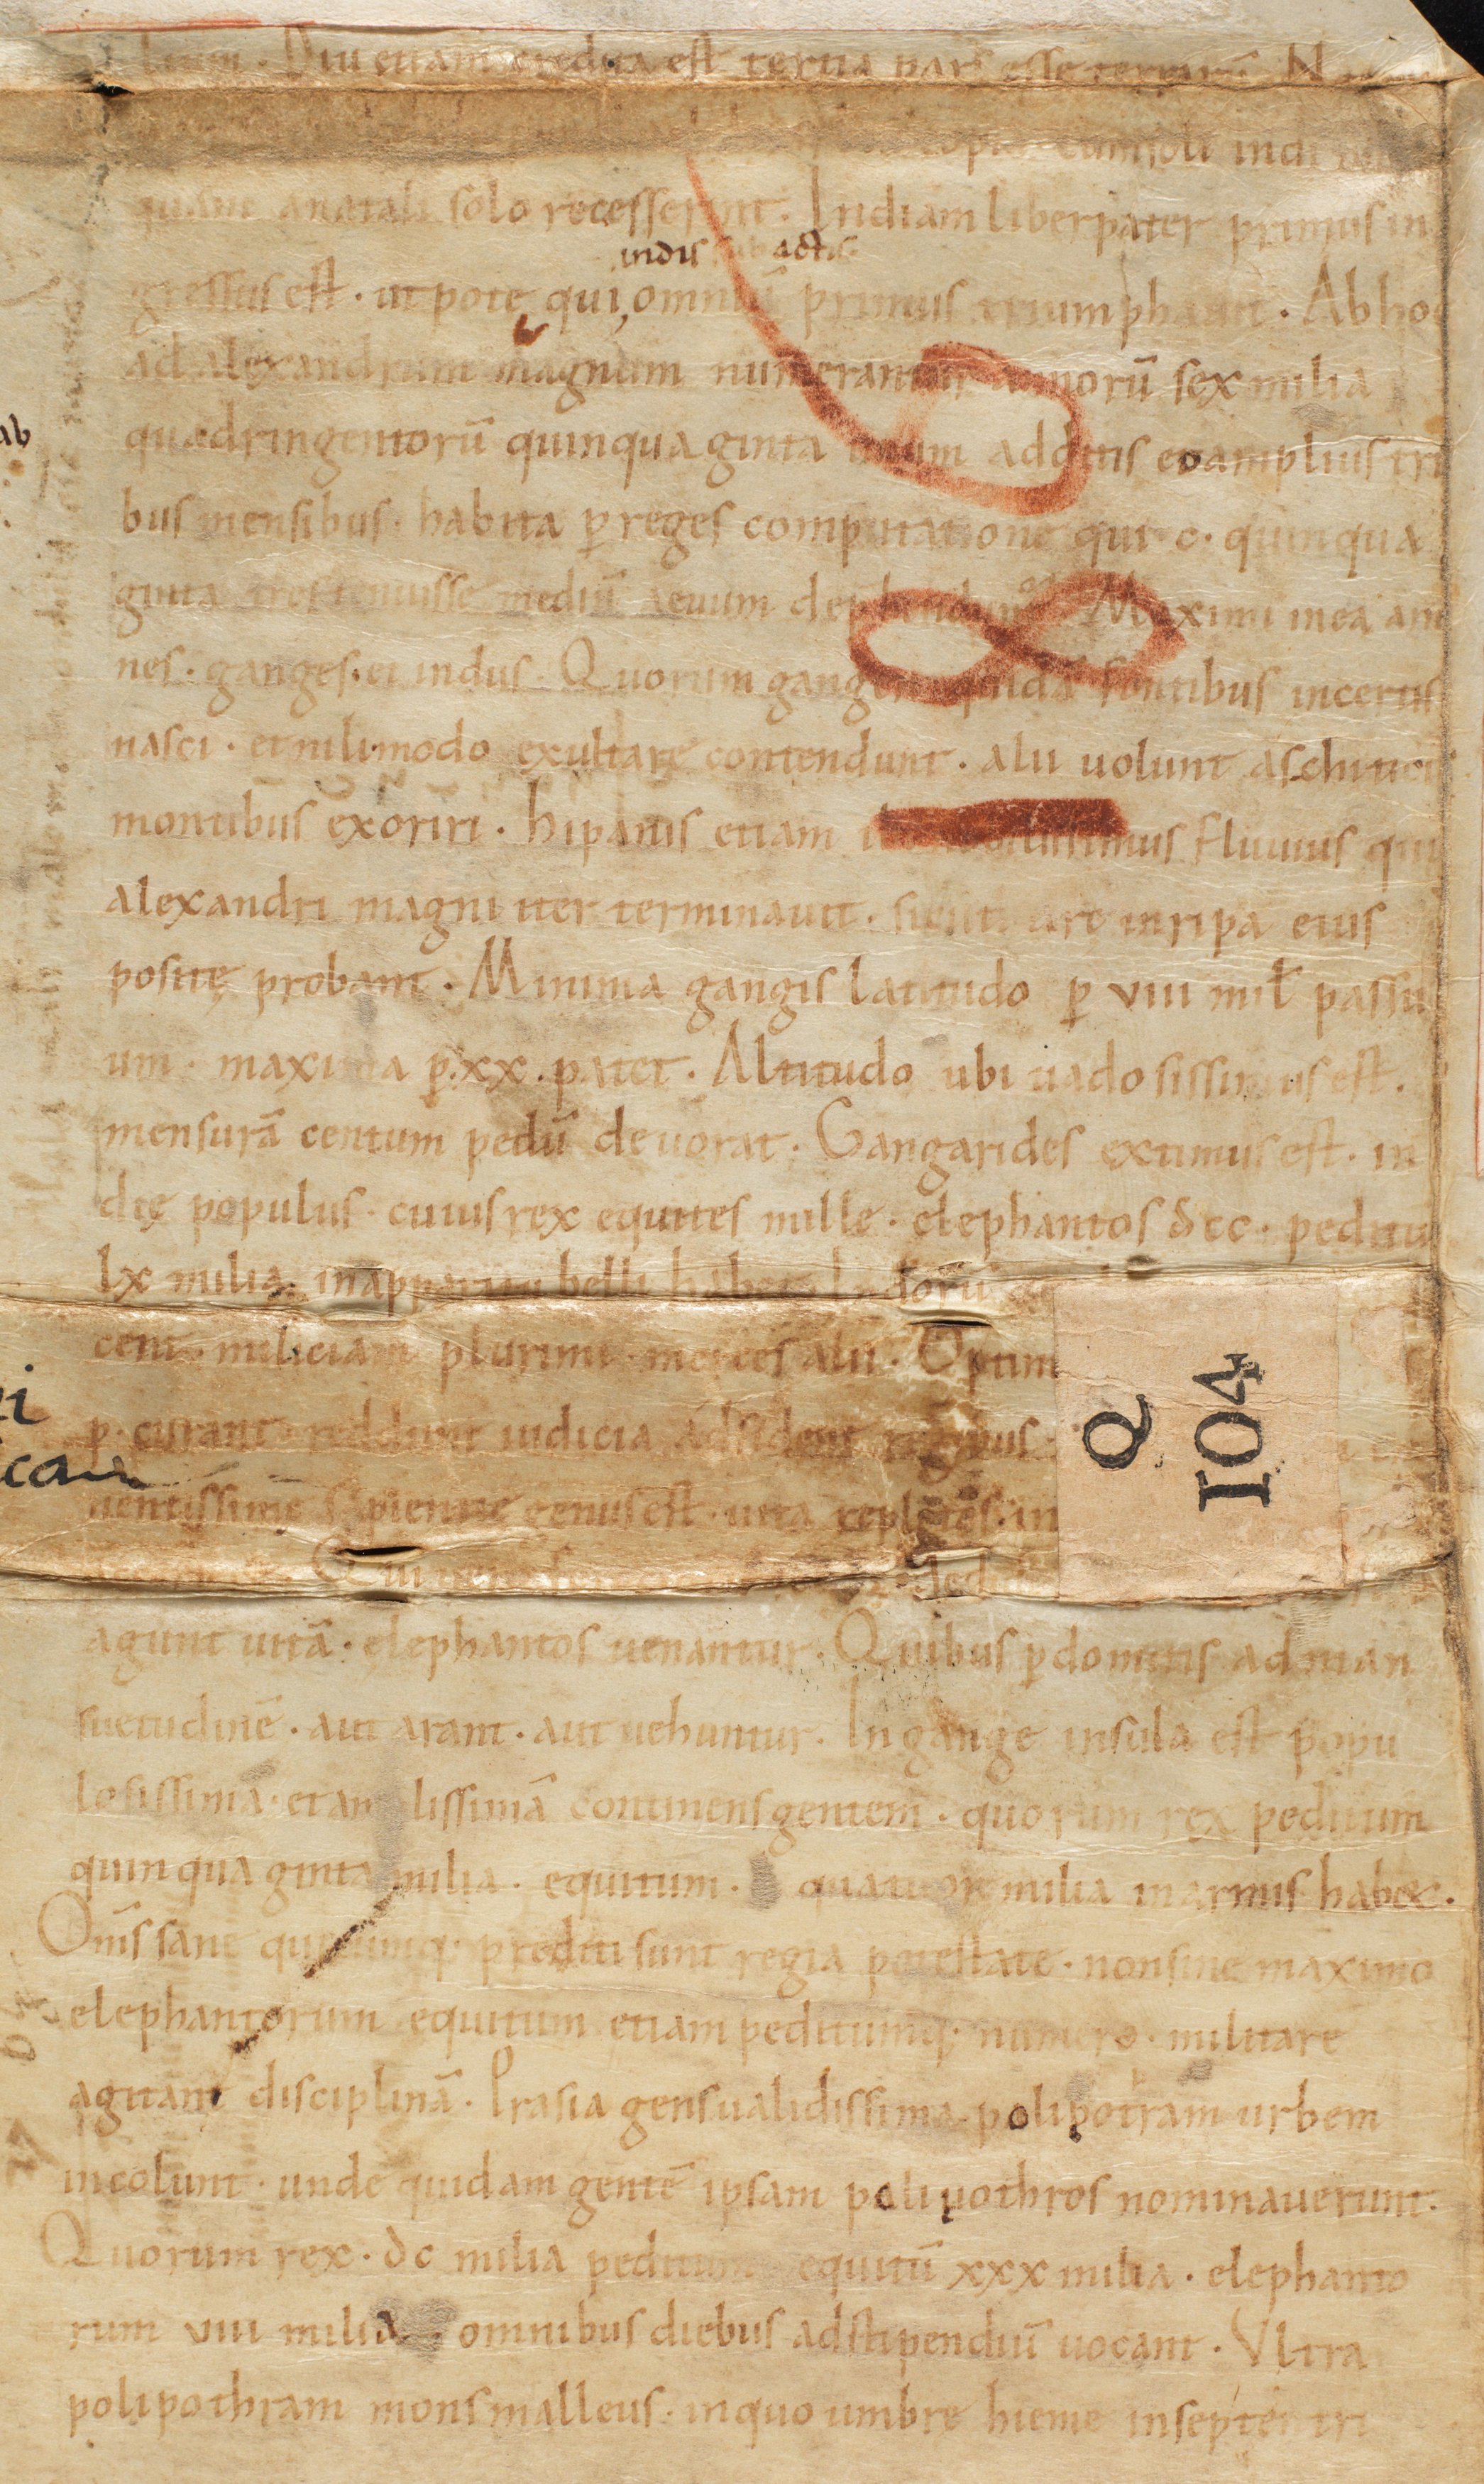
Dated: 1000–1099